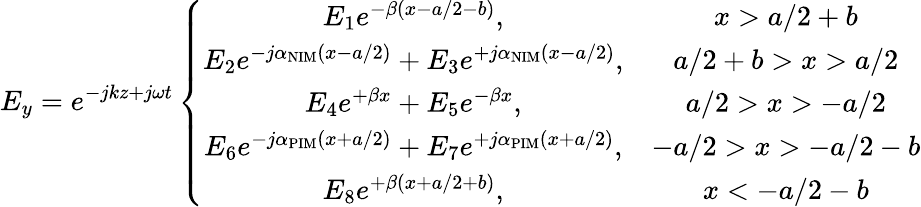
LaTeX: E_{y}=e^{-jkz+j\omega t}\left\{ \begin{array}{cc}{E_{1}e^{-\beta(x-a/2-b)},}&{x>a/2+b}\\ {E_{2}e^{-j\alpha_{\mathrm{NIM}}(x-a/2)}+E_{3}e^{+j\alpha_{\mathrm{NIM}}(x-a/2)},}&{a/2+b>x>a/2}\\ {E_{4}e^{+\beta x}+E_{5}e^{-\beta x},}&{a/2>x>-a/2}\\ {E_{6}e^{-j\alpha_{\mathrm{PIM}}(x+a/2)}+E_{7}e^{+j\alpha_{\mathrm{PIM}}(x+a/2)},}&{-a/2>x>-a/2-b}\\ {E_{8}e^{+\beta(x+a/2+b)},}&{x<-a/2-b}\end{array}\right.